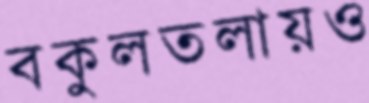
বকুলতলায়ও